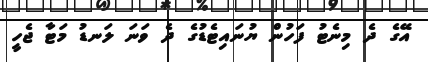
އޭގެ ދެ މިނެޓު ފަހުން ޔުނައިޓެޑުގެ ދެ ވަނަ ލަނޑު މަޓާ ޖެހީ